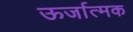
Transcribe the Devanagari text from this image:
ऊर्जात्मक